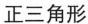
正三角形